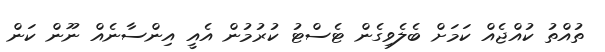
ތުއްތު ކުއްޖެއް ކަމަށް ބެލެވިގެން ޓެސްޓު ކުރުމުން އެއީ އިންސާނެއް ނޫން ކަން